Indian journal of veterinary science and animal husbandry - Volume 2,
Year: 1932
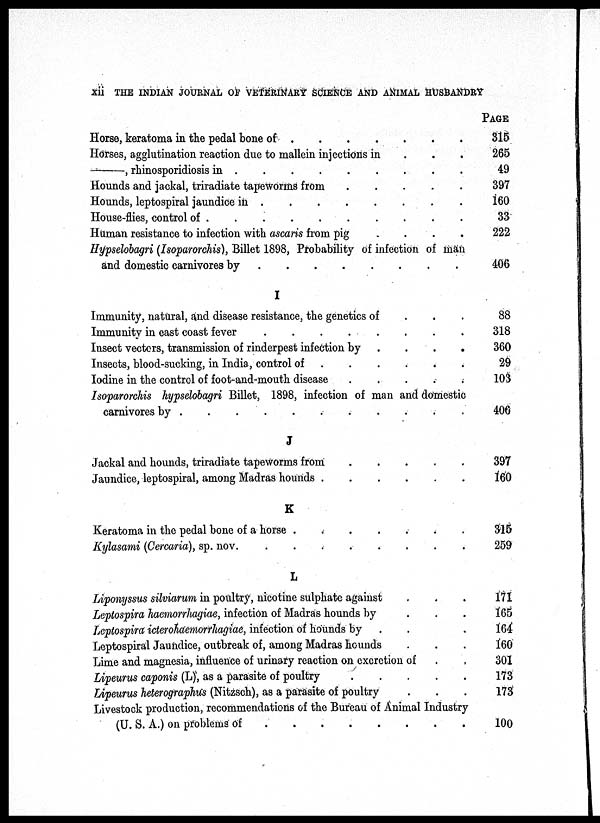
XII THE INDIAN JOURNAL OF VETERINARY SCIENCE AND ANIMAL HUSBANDRY
Horse, keratoma in the pedal bone of
.
.
.
.
.
.
.
.
Horses, agglutination reaction due to mallein injections in . . . . . . . .
—,
rhinosporidiosis in
.
.
.
.
.
.
.
.
Hounds and jackal, triradiate tapeworms from . . . . . . . .
Hounds, leptospiral jaundice in
.
.
.
.
.
.
.
.
House-flies, control of
.
.
.
.
.
.
.
.
Human resistance to infection with ascaris from pig . . . . . . . .
Hypselobagri (Isoparorchis), Billet 1898, Probability of infection of man
and domestic carnivores by
.
.
.
.
.
.
.
.
I
Immunity, natural, and disease resistance, the genetics of . . . . . . . .
Immunity in east coast fever
.
.
.
.
.
.
.
.
Insect vectors, transmission of rinderpest infection by . . . . . . . .
Insects, blood-sucking, in India, control of . . . . . . . .
Iodine in the control of foot-and-mouth disease . . . . . . . .
Isoparorchis hypselobagri Billet, 1898, infection of man and domestic
carnivores by . . . . . . . .
J
Jackal and hounds, triradiate tapeworms from . . . . . . . .
Jaundice, leptospiral, among Madras hounds . . . . . . . .
K
Keratoma in the pedal bone of a horse . . . . . . . .
Kylasami (Cercaria), sp. nov
.
.
.
.
.
.
.
.
L
Liponyssus silviarum in poultry, nicotine sulphate against . . . . . . . .
Leptospira haemorrhagiae, infection of Madras hounds by . . . . . . . .
Leptospira icterohaemorrhagiae, infection of hounds by . . . . . . . .
Leptospiral Jaundice, outbreak of, among Madras hounds . . . . . . . .
Lime and magnesia, influence of urinary reaction on excretion of . .
Lipeurus caponis (L), as a parasite of poultry . . . . . . . .
Lipeurus heterographus (Nitzsch), as a parasite of poultry . . .
Livestock production, recommendations of the Bureau of Animal Industry
(U. S. A.) on problems of
.
.
.
.
.
.
.
.
PAGE
315
265
49
397
160
33
222
406
88
318
360
29
103
406
397
160
315
259
171
165
164
160
301
173
173
100